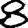
Digit: 8